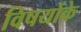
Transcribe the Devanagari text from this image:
विषयोंके